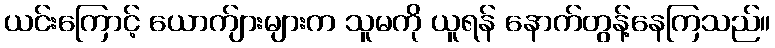
ယင်းကြောင့် ယောက်ျားများက သူမကို ယူရန် နောက်တွန့်နေကြသည်။